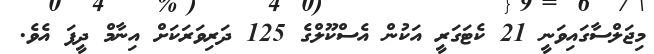
މިޖަލްސާގައިވަނީ 21 ކެޓަގަރީ އަކުން އެސްކޫލްގެ 125 ދަރިވަރަކަށް އިނާމް ދީފަ އެވެ.